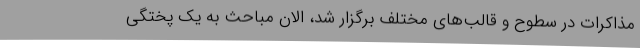
مذاکرات در سطوح و قالب‌های مختلف برگزار شد، الان مباحث به یک پختگی